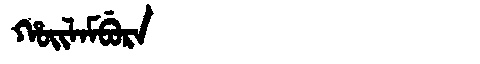
Manchu: ᡥᠣᡳᠯᠠᠮᠪᡠᡵᠠ
Romanization: HOILAMBURA